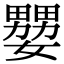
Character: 𡣠